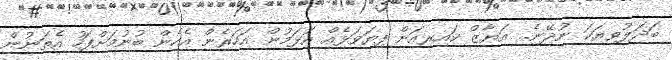
ބަދަލުވިޔަކަ ނުދޭނެ.. އަޔާޒް ކައިރިއަށް ފިޔަވަޅެއް އަޅަމުން އަހަރެން އެހެން ބުނުމަށްފަހު އެތަނުން